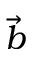
\vec { b }